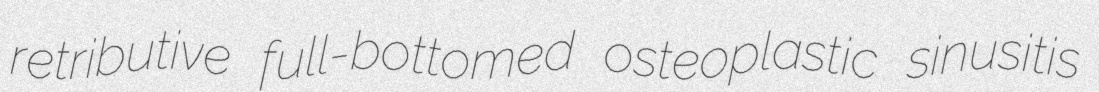
retributive full-bottomed osteoplastic sinusitis